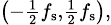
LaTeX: \scriptstyle\left(-{\frac{1}{2}}f_{\mathrm{s}},{\frac{1}{2}}f_{\mathrm{s}}\right),